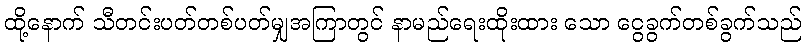
ထို့နောက် သီတင်းပတ်တစ်ပတ်မျှအကြာတွင် နာမည်ရေးထိုးထား သော ငွေခွက်တစ်ခွက်သည်